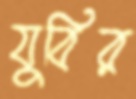
যুবির